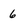
Character: 6